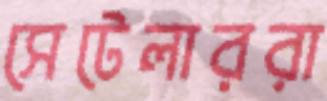
সেটেলাররা